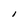
Character: I